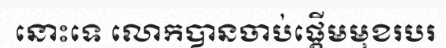
នោះទេ លោកបានចាប់ផ្តើមមុខរបរ